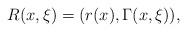
LaTeX: \begin{align*} R(x,\xi) = (r(x),\Gamma(x,\xi)),\end{align*}